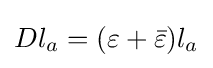
Dl_{a}=(\varepsilon +{\bar {\varepsilon }})l_{a}